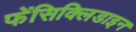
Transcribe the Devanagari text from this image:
फेंसिक्लिडाइन